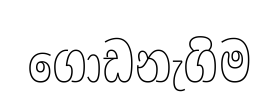
ගොඩනැගිම